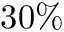
3 0 \%